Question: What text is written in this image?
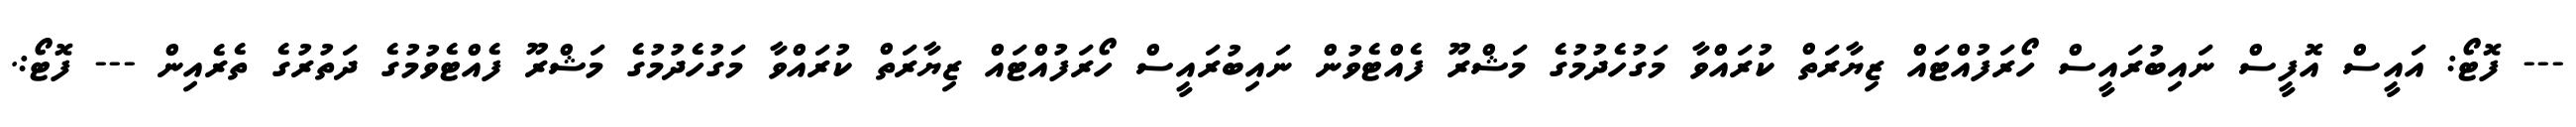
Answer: --- ފޮޓޯ: އައީސް އޮފީސް ނައިބުރައީސް ހޯރަފުއްޓައް ޒިޔާރަތް ކުރައްވާ މަގުހެދުމުގެ މަޝްރޫ ފެއްޓެވުން ނައިބުރައީސް ހޯރަފުއްޓައް ޒިޔާރަތް ކުރައްވާ މަގުހެދުމުގެ މަޝްރޫ ފެއްޓެވުމުގެ ދަތުރުގެ ތެރެއިން --- ފޮޓޯ:.